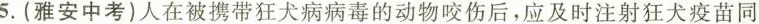
5.(雅安中考)人在被携带狂犬病病毒的动物咬伤后，应及时注射狂犬疫苗同